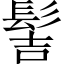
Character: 髻